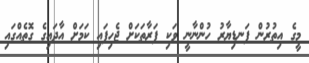
މީގެ އިތުރުން ފަނޑިޔާރު ހުންނާނީ ވަކި ފަރާތަކަށް ޖެހިފައި ކަމަށް އާދައިގެ ގޮތެއްގައި